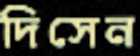
দিসেন